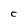
Character: C